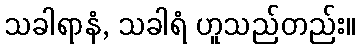
သခါရာနံ, သခါရံ ဟူသည်တည်း။